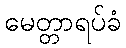
မေတ္တာရပ်ခံ